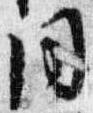
同